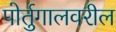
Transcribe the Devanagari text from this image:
पोर्तुगालवरील